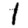
Digit: 1